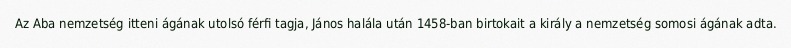
Az Aba nemzetség itteni ágának utolsó férfi tagja, János halála után 1458-ban birtokait a király a nemzetség somosi ágának adta.